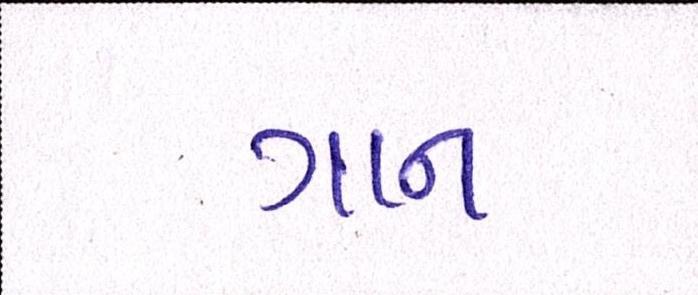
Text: ગાન